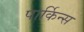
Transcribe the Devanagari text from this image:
पार्किन्स